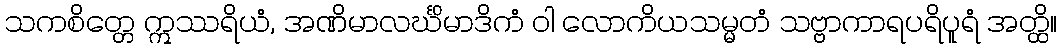
သကစိတ္တေ ဣဿရိယံ, အဏိမာလင်္ဃိမာဒိကံ ဝါ လောကိယသမ္မတံ သဗ္ဗာကာရပရိပူရံ အတ္ထိ။